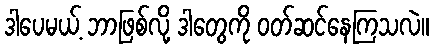
ဒါပေမယ့် ဘာဖြစ်လို့ ဒါတွေကို ဝတ်ဆင်နေကြသလဲ။